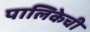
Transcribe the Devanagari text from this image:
पालिकेची